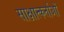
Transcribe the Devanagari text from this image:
साक्षात्कर्ताओं